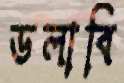
ডলাবি